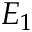
E _ { 1 }